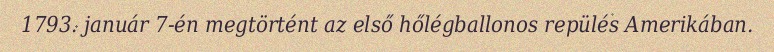
1793. január 7-én megtörtént az első hőlégballonos repülés Amerikában.